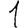
Digit: 1